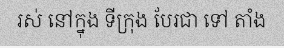
រស់ នៅក្នុង ទីក្រុង បែរជា ទៅ តាំង